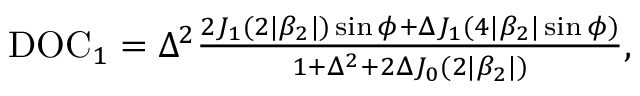
\begin{array} { r } { \mathrm { D O C } _ { 1 } = \Delta ^ { 2 } \frac { 2 J _ { 1 } ( 2 | \beta _ { 2 } | ) \sin \phi + \Delta J _ { 1 } ( 4 | \beta _ { 2 } | \sin \phi ) } { 1 + \Delta ^ { 2 } + 2 \Delta J _ { 0 } ( 2 | \beta _ { 2 } | ) } , } \end{array}